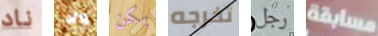
ناد ولا يكن تخرجه رجل مسابقة